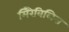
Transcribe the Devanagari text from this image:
मिरैविलिस